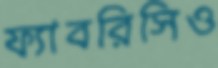
ফ্যাবরিসিও